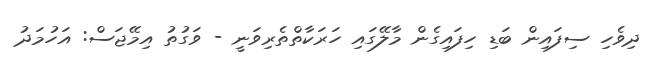
ދިވެހި ސިފައިން ބަޑި ހިފައިގެން މާލޭގައި ހަރަކާތްތެރިވަނީ - ވަގުތު އިމޭޖަސް: އަހުމަދު